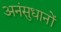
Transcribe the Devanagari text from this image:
अनंसुधानों